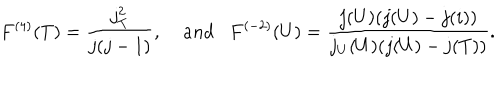
F ^ { ( 4 ) } ( T ) = \frac { j _ { T } ^ { 2 } } { j ( j - 1 ) } , \; a n d F ^ { ( - 2 ) } ( U ) = \frac { j ( U ) ( j ( U ) - j ( i ) ) } { j _ { U } ( U ) ( j ( U ) - j ( T ) ) } .